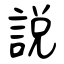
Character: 說